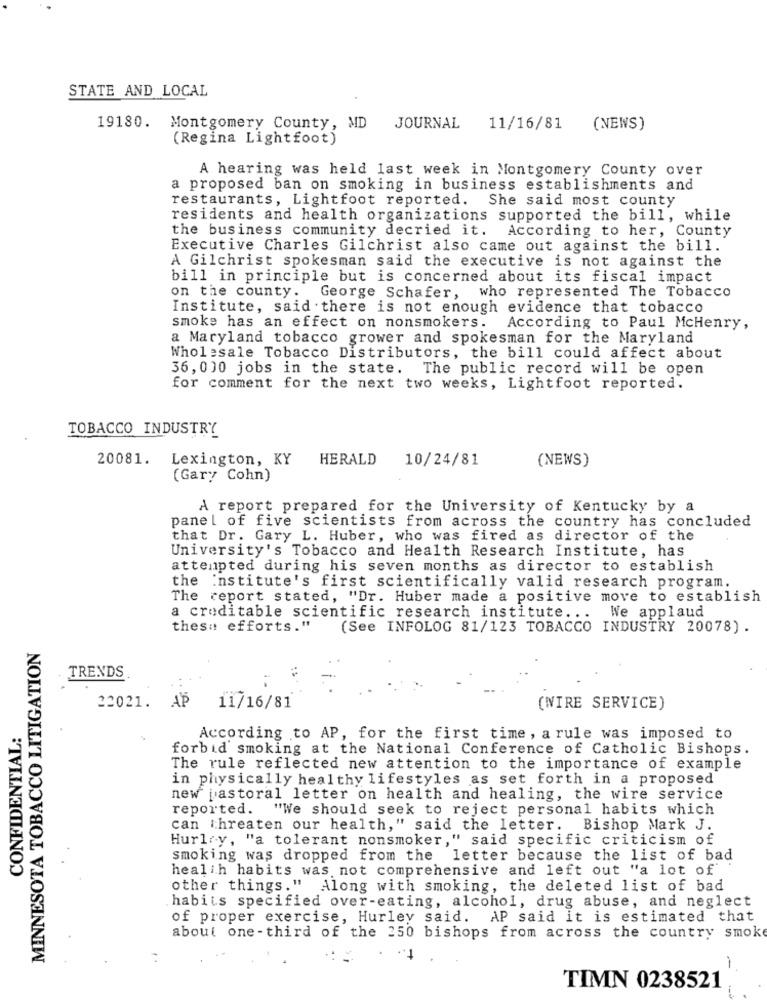
STATE AND LOCAL
19180.
Montgomery County, MD
JOURNAL
11/16/81
(NEWS)
(Regina Lightfoot)
A hearing was held last week in Montgomery County over
a proposed ban on smoking in business establishments and
restaurants, Lightfoot reported. She said most county
residents and health organizations supported the bill, while
the business community decried it. According to her, County
Executive Charles Gilchrist also came out against the bill.
A Gilchrist spokesman said the executive is not against the
bill in principle but is concerned about its fiscal impact
on the county. George Schafer, who represented The Tobacco
Institute, said there is not enough evidence that tobacco
smoke has an effect on nonsmokers.
According to Paul McHenry,
a Maryland tobacco grower and spokesman for the Maryland
Wholesale Tobacco Distributors, the bill could affect about
36, 000 jobs in the state. The public record will be open
for comment for the next two weeks, Lightfoot reported.
TOBACCO INDUSTRY
20081.
Lexington, KY HERALD
10/24/81
(NEWS)
(Gary Cohn)
A report prepared for the University of Kentucky by a
panel of five scientists from across the country has concluded
that Dr. Gary L. Huber, who was fired as director of the
University's Tobacco and Health Research Institute, has
attempted during his seven months as director to establish
the institute's first scientifically valid research program.
The report stated, "Dr. Huber made a positive move to establish
We applaud
a creditable scientific research institute ...
these efforts."
(See INFOLOG 81/123 TOBACCO INDUSTRY 20078).
MINNESOTA TOBACCO LITIGATION
TRENDS
22021. AP
11/16/81
(WIRE SERVICE)
CONFIDENTIAL:
According to AP, for the first time , a rule was imposed to
forbid smoking at the National Conference of Catholic Bishops.
The rule reflected new attention to the importance of example
in physically healthy lifestyles as set forth in a proposed
new pastoral letter on health and healing, the wire service
reported. "We should seek to reject personal habits which
can threaten our health," said the letter. Bishop Mark J.
Hurley, "a tolerant nonsmoker," said specific criticism of
smoking was dropped from the letter because the list of bad
health habits was not comprehensive and left out "a lot of
other things." Along with smoking, the deleted list of bad
habiis specified over-eating, alcohol, drug abuse, and neglect
of proper exercise, Hurley said. AP said it is estimated that
about one-third of the 250 bishops from across the country smoke
-
TIMN 0238521